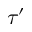
\tau ^ { \prime }